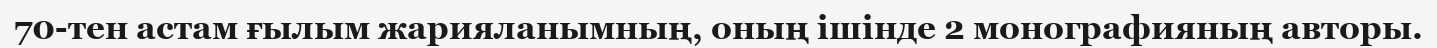
70-тен астам ғылым жарияланымның, оның ішінде 2 монографияның авторы.